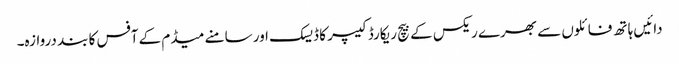
دائیں ہاتھ فائلوں سے بھرے ریکس کے بیچ ریکارڈ کیپر کا ڈیسک اور سامنے میڈم کے آفس کا بند دروازہ۔